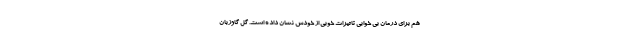
هم برای درمان بی خوابی تاثیرات خوبی از خودش نشان داده است. گل گاوزبان